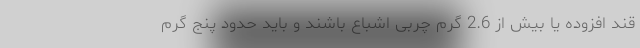
قند افزوده یا بیش از 2.6 گرم چربی اشباع باشند و باید حدود پنج گرم